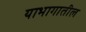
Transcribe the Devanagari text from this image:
याभागातील